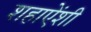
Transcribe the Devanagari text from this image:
शहाऐंशी